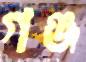
গঞ্জ